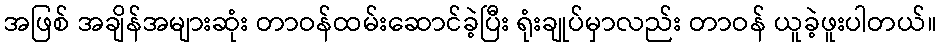
အဖြစ် အချိန်အများဆုံး တာဝန်ထမ်းဆောင်ခဲ့ပြီး ရုံးချုပ်မှာလည်း တာဝန် ယူခဲ့ဖူးပါတယ်။